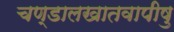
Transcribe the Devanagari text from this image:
चण्डालखातवापीषु